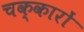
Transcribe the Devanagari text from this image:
चक्कारों